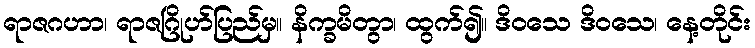
ရာဇဂဟာ၊ ရာဇဂြိုဟ်ပြည်မှ။ နိက္ခမိတွာ၊ ထွက်၍။ ဒိဝသေ ဒိဝသေ၊ နေ့တိုင်း